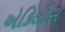
એકિલીસ